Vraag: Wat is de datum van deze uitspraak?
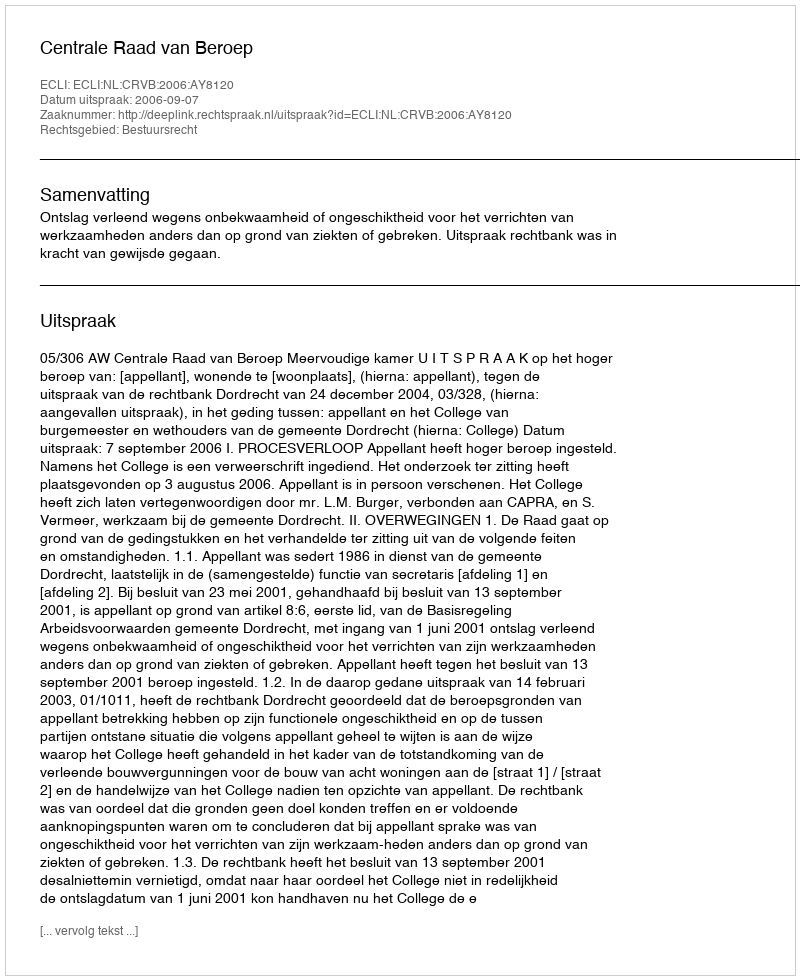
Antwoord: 2006-09-07